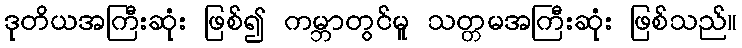
ဒုတိယအကြီးဆုံး ဖြစ်၍ ကမ္ဘာတွင်မူ သတ္တမအကြီးဆုံး ဖြစ်သည်။